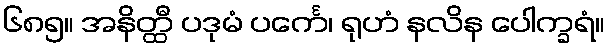
၆၈၅။ အနိတ္ထီ ပဒုမံ ပင်္ကေ၊ ရုဟံ နလိန ပေါက္ခရံ။